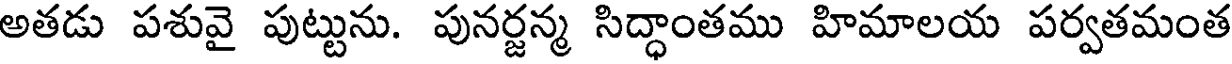
అతడు పశువై పుట్టును. పునర్జన్మ సిద్ధాంతము హిమాలయ పర్వతమంత